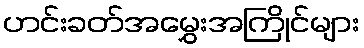
ဟင်းခတ်အမွှေးအကြိုင်များ